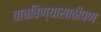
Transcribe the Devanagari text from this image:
वाचविण्यासाठीपण